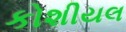
કોશીયલ